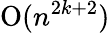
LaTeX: {\mathrm{O}}(n^{2k+2})